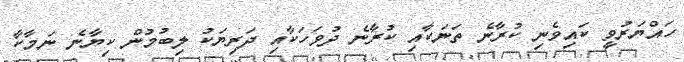
ހައްޔަރުވީ ކައިވެނި ކުރާނެ ތަނަކާއި ކުރާނެ ދުވަހަކާއި ދަރިޔަކު ލިބުމުން ކިޔާނެ ނަމާކާ